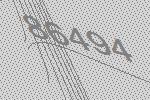
86494